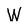
Character: W